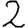
Digit: 2